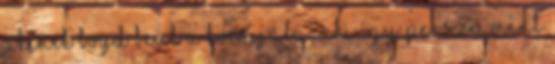
akinek Boyd beül a kocsijába, aki így persze, mint